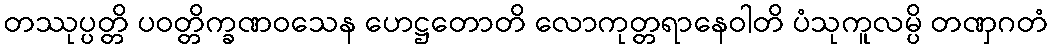
တဿုပ္ပတ္တိ ပဝတ္တိက္ခဏဝသေန ဟေဋ္ဌတောတိ လောကုတ္တရာနေဝါတိ ပံသုကူလမ္ပိ တဏှဂတံ